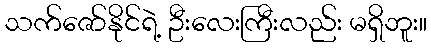
သက်ဇော်နိုင်ရဲ့ ဦးလေးကြီးလည်း မရှိဘူး။